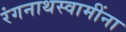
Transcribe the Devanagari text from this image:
रंगनाथस्वामींना